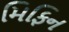
મિફિન